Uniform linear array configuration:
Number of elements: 12
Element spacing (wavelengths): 1
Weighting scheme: kaiser
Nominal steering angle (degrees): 0
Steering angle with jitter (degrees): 0.4649
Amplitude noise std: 0.05
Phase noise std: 0.05

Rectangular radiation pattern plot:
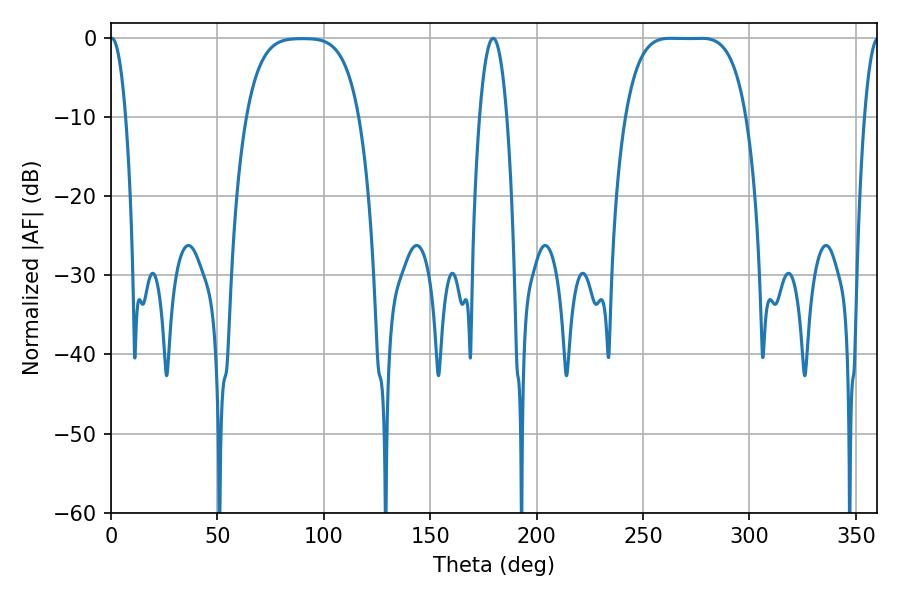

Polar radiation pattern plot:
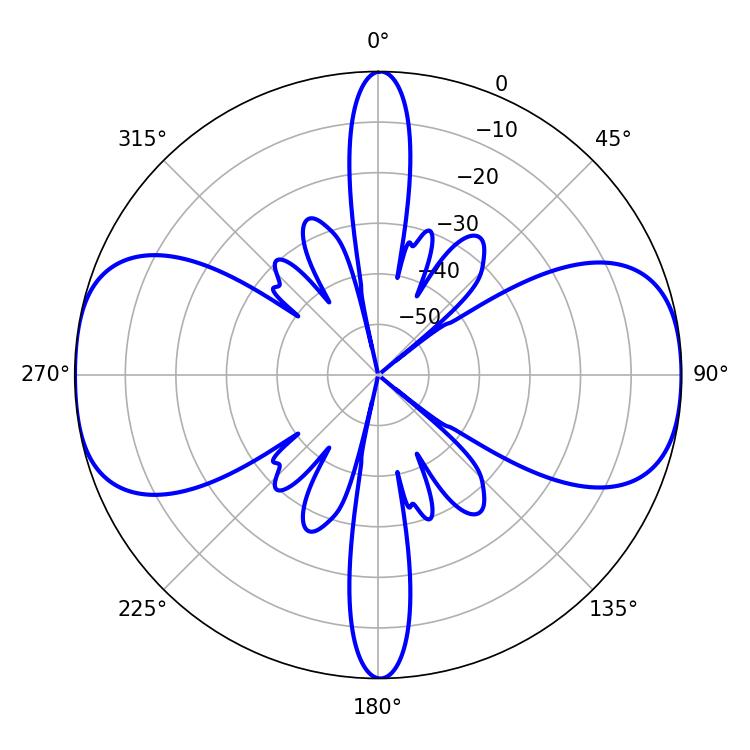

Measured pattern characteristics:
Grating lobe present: TRUE
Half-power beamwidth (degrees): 43.2
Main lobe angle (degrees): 262.98